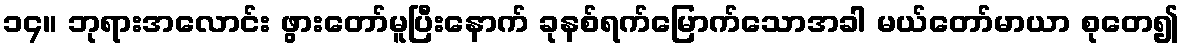
၁၄။ ဘုရားအလောင်း ဖွားတော်မူပြီးနောက် ခုနစ်ရက်မြောက်သောအခါ မယ်တော်မာယာ စုတေ၍